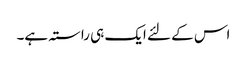
اس کے لئے ایک ہی راستہ ہے۔